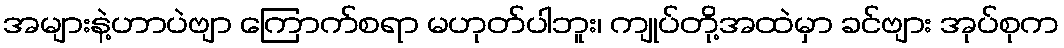
အများနဲ့ဟာပဲဗျာ ကြောက်စရာ မဟုတ်ပါဘူး၊ ကျုပ်တို့အထဲမှာ ခင်ဗျား အုပ်စုက